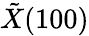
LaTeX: \tilde{X}(100)